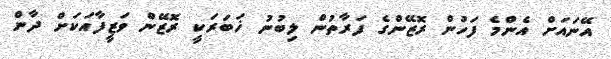
އޭނައަށް އެންމެ ފަހުން ރޮޒޭންގެ ފަރާތުން ލިބުނު ޚަބަރަކީ ރޮޒޭން ވަޒީފާއަކަށް ދާން